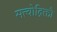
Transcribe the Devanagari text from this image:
सत्त्वोद्रिक्तौ